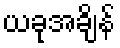
ယခုအချိန်